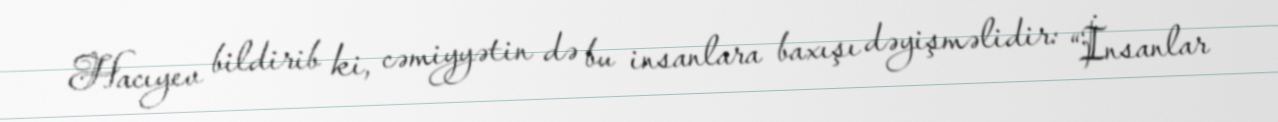
Hacıyev bildirib ki, cəmiyyətin də bu insanlara baxışı dəyişməlidir: “İnsanlar